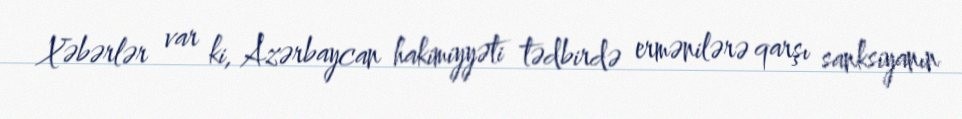
Xəbərlər var ki, Azərbaycan hakimiyyəti tədbirdə ermənilərə qarşı sanksiyanın